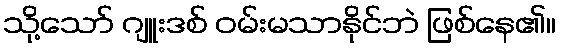
သို့သော် ဂျူးဒစ် ဝမ်းမသာနိုင်ဘဲ ဖြစ်နေ၏။